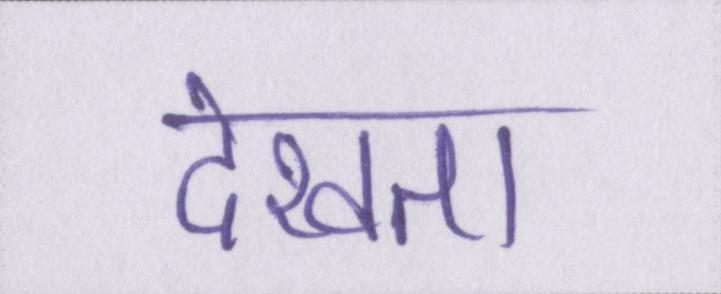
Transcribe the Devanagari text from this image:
देखता